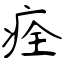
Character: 痊